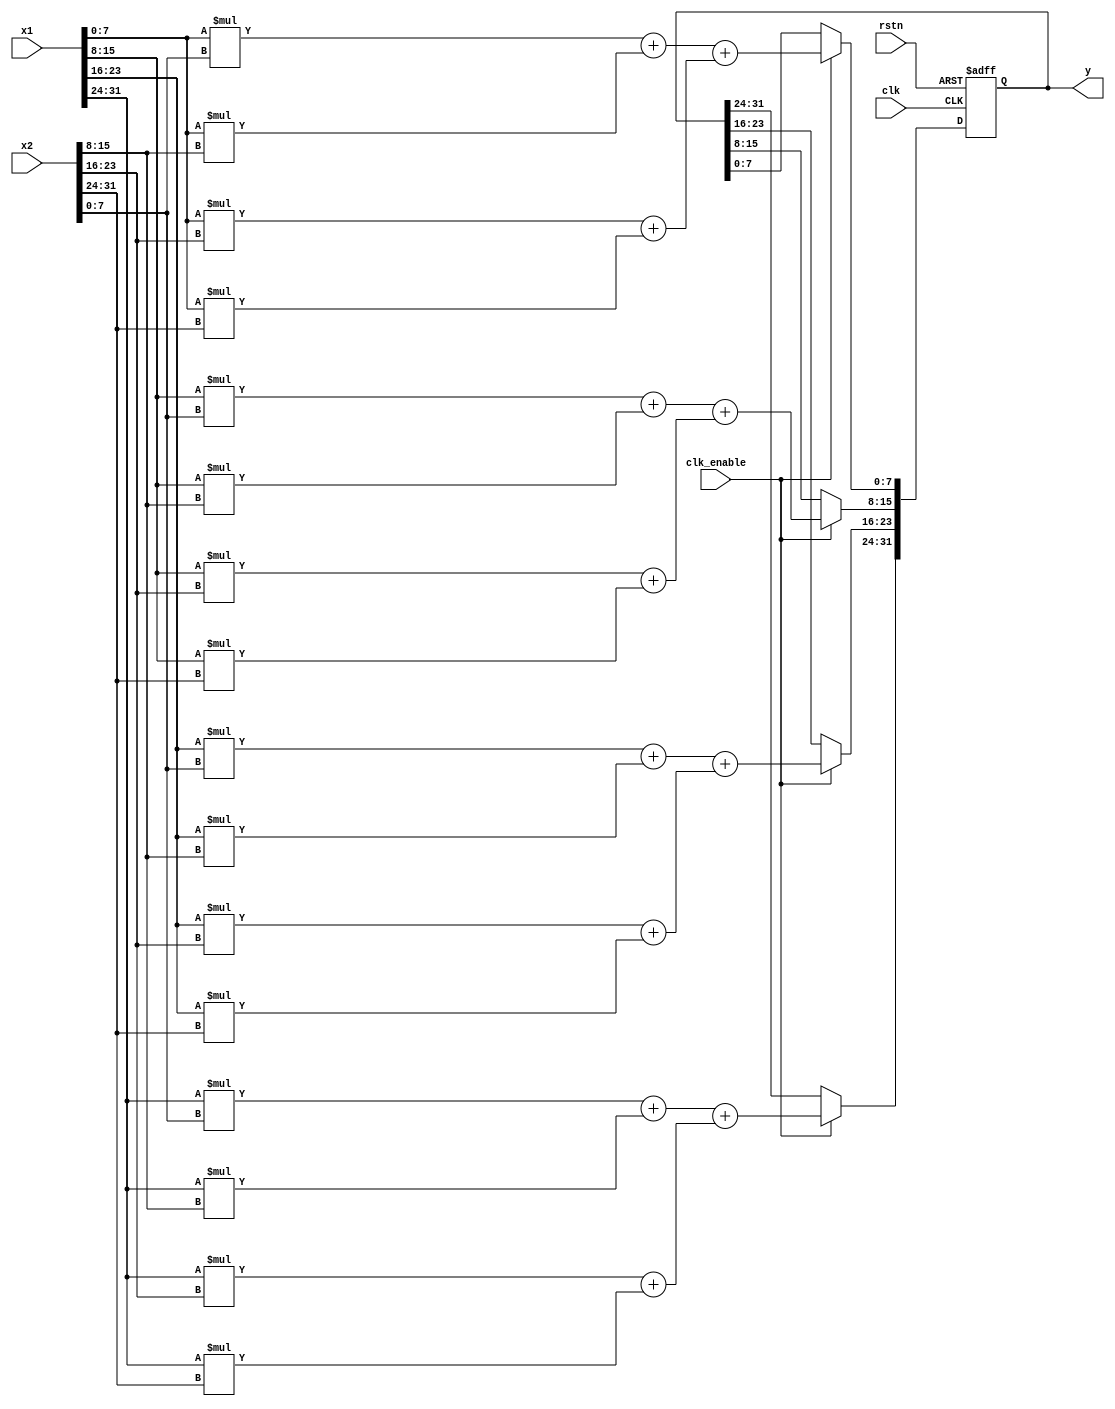
module matrix_vector_mul_core #(
    parameter ROWS=4,               
    parameter COLUMNS=4,           
    parameter WIDTH_ROWS=8,        
    parameter WIDTH_COLUMNS=8,
    parameter BIN_TREE_DEPTH = $clog2(COLUMNS)
) (
    input clk,
    input rstn,                       // Added reset signal
    input clk_enable,                 // Renamed 'cen' to 'clk_enable' for clarity
    input signed [ROWS*WIDTH_ROWS-1:0] x1, // Matrix
    input signed [COLUMNS*WIDTH_COLUMNS-1:0] x2, // Vector
    output reg signed [ROWS*WIDTH_ROWS-1:0] y // Resultant Vector
);

    // Calculate padding for columns
    localparam COLUMN_PADDING = 2 ** $clog2(COLUMNS);

    // Define a 3D array for binary addition tree
    reg signed [WIDTH_ROWS-1:0] tree[0:ROWS-1][0:BIN_TREE_DEPTH][0:COLUMN_PADDING-1];

    integer i, j, k;

     always @(posedge clk or negedge rstn) begin
        if (!rstn) begin
            y <= 0;
           end else if (clk_enable) begin
            // Multiplication logic
            for (i = 0; i < ROWS; i = i + 1) begin
                for (j = 0; j < COLUMNS; j = j + 1) begin
                    tree[i][0][j] = x1[i*WIDTH_ROWS + WIDTH_ROWS-1 -: WIDTH_ROWS] * 
                                    x2[j*WIDTH_COLUMNS + WIDTH_COLUMNS-1 -: WIDTH_COLUMNS];
                end
            end
            
            // Binary tree addition logic
            for (k = 1; k <= BIN_TREE_DEPTH; k = k + 1) begin
                for (i = 0; i < ROWS; i = i + 1) begin
                    for (j = 0; j < COLUMN_PADDING/(2**k); j = j + 1) begin
                        tree[i][k][j] = tree[i][k-1][2*j] + tree[i][k-1][2*j+1];
                    end
                end
            end

            // Assign output
            for (i = 0; i < ROWS; i = i + 1) begin
                y[i*WIDTH_ROWS + WIDTH_ROWS-1 -: WIDTH_ROWS] = tree[i][BIN_TREE_DEPTH][0];
            end
        end
    end

endmodule